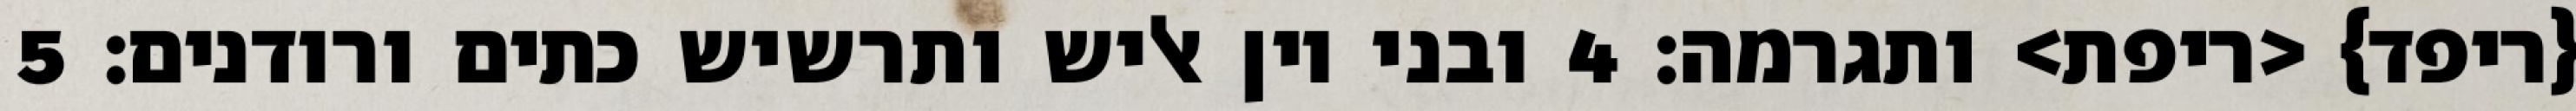
{ריפד} <ריפת> ותגרמה׃ ‎4‏ ובני יון אליש ותרשיש כתים ורודנים׃ ‎5‏